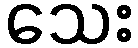
သေး